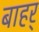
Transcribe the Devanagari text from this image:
बाहर्